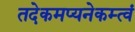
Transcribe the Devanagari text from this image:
तदेकमप्यनेकम्त्वं